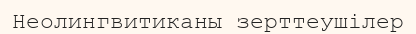
Неолингвитиканы зерттеушілер